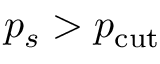
p _ { s } > p _ { \mathrm { c u t } }